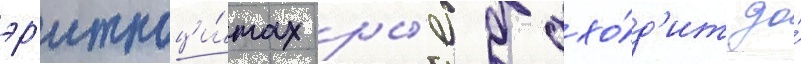
эр'итроци́тах ры́б дохо́д'ит до́